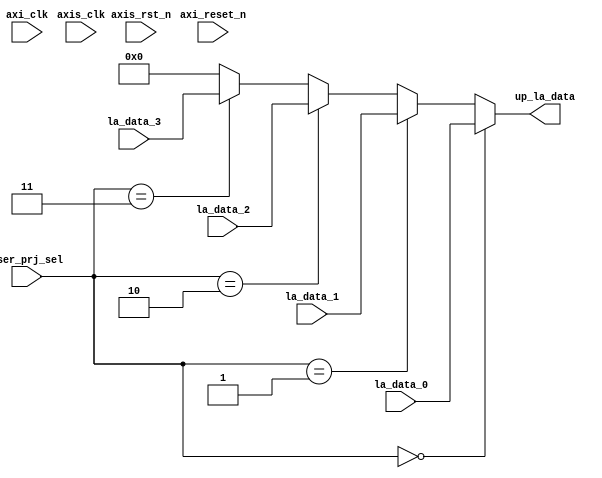
//////////////////////////////////////////////////////////////////////////////////
//
// Design Name:
// Module Name: LA_MUX
// Project Name:
// Target Devices:
// Tool Versions:
// Description:
//
// Dependencies:
//
// Revision:
// Revision 0.01 - File Created
// Additional Comments:
//
//////////////////////////////////////////////////////////////////////////////////
module LA_MUX #( parameter pADDR_WIDTH   = 12,
                 parameter pDATA_WIDTH   = 32
               )
(
  input  wire  [23: 0] la_data_0,
  input  wire  [23: 0] la_data_1,
  input  wire  [23: 0] la_data_2,
  input  wire  [23: 0] la_data_3,
  output wire  [23: 0] up_la_data,
  input  wire          axi_clk,
  input  wire          axis_clk,
  input  wire          axi_reset_n,
  input  wire          axis_rst_n,
  input  wire   [4: 0] user_prj_sel
);


assign up_la_data = (user_prj_sel == 5'b00000) ? la_data_0 :
                    (user_prj_sel == 5'b00001) ? la_data_1 :
                    (user_prj_sel == 5'b00010) ? la_data_2 :
                    (user_prj_sel == 5'b00011) ? la_data_3 :
                    24'b0;

endmodule // LA_MUX